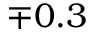
\mp 0 . 3